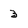
Character: 3